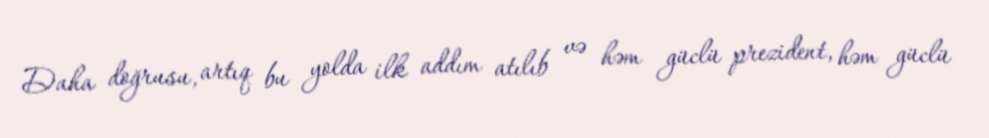
Daha doğrusu, artıq bu yolda ilk addım atılıb və həm güclü prezident, həm güclü